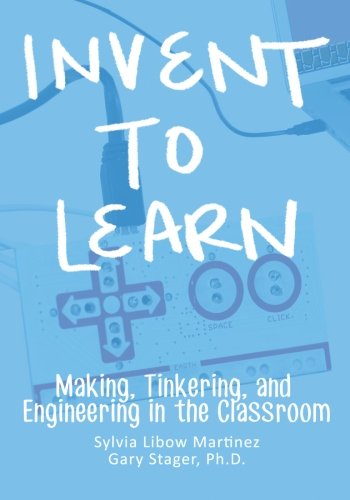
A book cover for Invent To Learn: Making, Tinkering, and Engineering in the Classroom; Sylvia Libow Martinez; Education & Teaching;